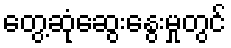
တွေ့ဆုံဆွေးနွေးမှုတွင်